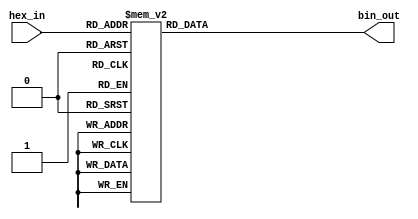
module hex_to_binary_encoder (
    input wire [3:0] hex_in,   // 4-bit hexadecimal input
    output reg [3:0] bin_out    // 4-bit binary output
);

// Combinational logic to convert hex input to binary output
always @(*) begin
    case (hex_in)
        4'b0000: bin_out = 4'b0000; // 0
        4'b0001: bin_out = 4'b0001; // 1
        4'b0010: bin_out = 4'b0010; // 2
        4'b0011: bin_out = 4'b0011; // 3
        4'b0100: bin_out = 4'b0100; // 4
        4'b0101: bin_out = 4'b0101; // 5
        4'b0110: bin_out = 4'b0110; // 6
        4'b0111: bin_out = 4'b0111; // 7
        4'b1000: bin_out = 4'b1000; // 8
        4'b1001: bin_out = 4'b1001; // 9
        4'b1010: bin_out = 4'b1010; // A (10)
        4'b1011: bin_out = 4'b1011; // B (11)
        4'b1100: bin_out = 4'b1100; // C (12)
        4'b1101: bin_out = 4'b1101; // D (13)
        4'b1110: bin_out = 4'b1110; // E (14)
        4'b1111: bin_out = 4'b1111; // F (15)
        default: bin_out = 4'b0000;  // Default case (should not happen with valid inputs)
    endcase
end

endmodule